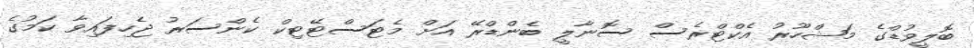
ބޮލީވުޑްގެ މަޝްހޫރު އެކްޓްރެސް ސޮނާލީ ބެންޑްރޭ އަށް މެޓަސްޓޭޓިކް ކެންސަރު ޖެހިފައިވާ ކަމުގެ